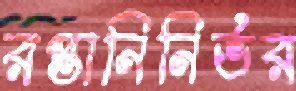
রপ্তানিনির্ভর